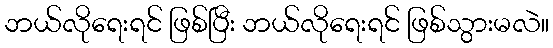
ဘယ်လိုရေးရင် ဖြစ်ပြီး ဘယ်လိုရေးရင် ဖြစ်သွားမလဲ။